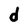
Character: d